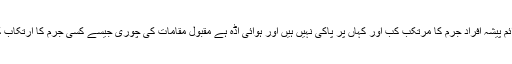
تاہم, یہ جانتے ہیں کہ جرائم پیشہ افراد جرم کا مرتکب کب اور کہاں پر پاکی نہیں ہیں اور ہوائی اڈہ ہے مقبول مقامات کی چوری جیسے کسی جرم کا ارتکاب کرنے کے لئے اچھا ہے ۔